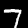
Label: 7